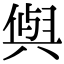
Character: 𭁕